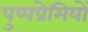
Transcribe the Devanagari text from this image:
पुष्पप्रेमियों